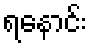
ရနောင်း